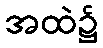
အထဲ၌